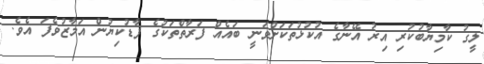
ލީގު ކާމިޔާބުކުރި އިރު އޭނާގެ އުކުޅުތަކަށްވަނީ ބައެއް ފަރާތްތަކުގެ ފާޑުކިޔުން އަމާޒުވެފަ އެވެ.